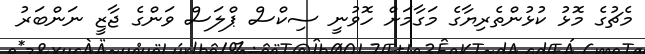
މެޗުގެ މޮޅު ކުޅުންތެރިޔާގެ މަގާމަށް ހޮވުނީ ސިކްސް ޕްލަސް ވަންގެ ޖާޒީ ނަންބަރު